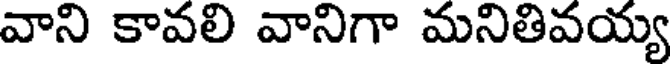
వాని కావలి వానిగా మనితివయ్య